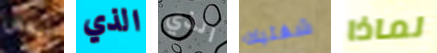
بعض الذي الذي شفتيك لماذا